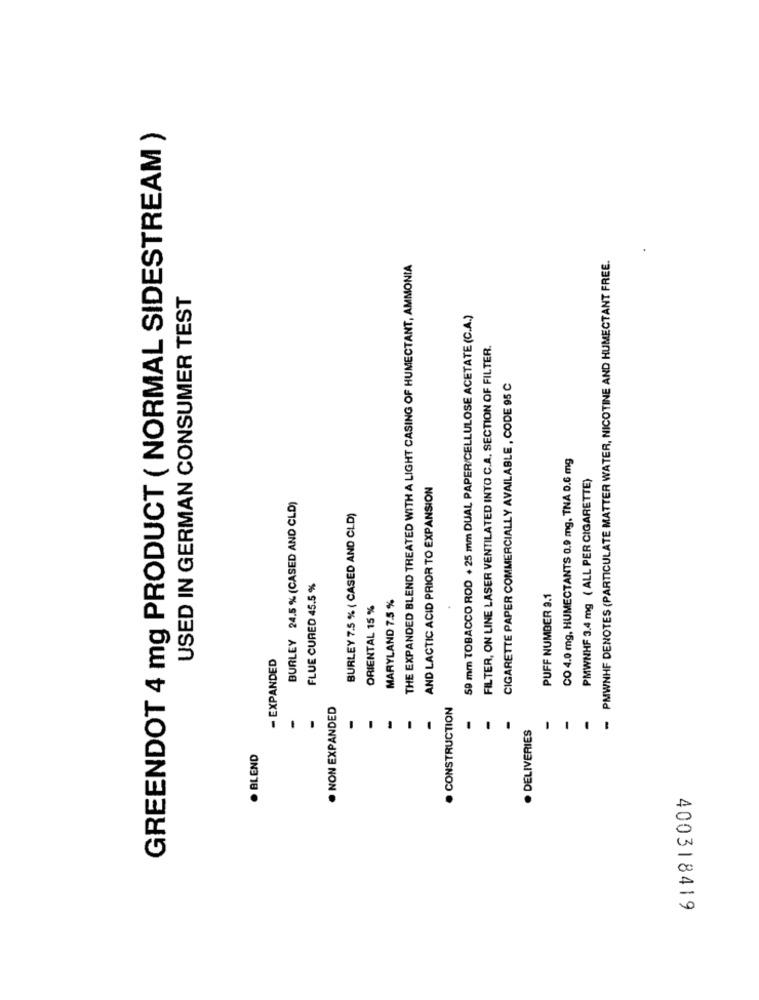
GREENDOT 4 mg PRODUCT ( NORMAL SIDESTREAM )
- PMWNHF DENOTES (PARTICULATE MATTER WATER, NICOTINE AND HUMECTANT FREE.
THE EXPANDED BLEND TREATED WITH A LIGHT CASING OF HUMECTANT, AMMONIA
USED IN GERMAN CONSUMER TEST
59 mm TOBACCO ROD + 25 mm DUAL PAPER/CELLULOSE ACETATE (C.A.)
FILTER, ON LINE LASER VENTILATED INTO C.A. SECTION OF FILTER.
CIGARETTE PAPER COMMERCIALLY AVAILABLE, CODE 95 C
CO 4.0 mg, HUMECTANTS 0.9 mg. TNA 0.6 mg
PMWNHF 3.4 mg ( ALL PER CIGARETTE)
AND LACTIC ACID PRIOR TO EXPANSION
BURLEY 24.5 % (CASED AND CLD)
BURLEY 7.5 % ( CASED AND CLD)
FLUE CURED 45.5 %
MARYLAND 7.5 %
PUFF NUMBER 9.1
ORIENTAL 15 %
- EXPANDED
. NON EXPANDED
. CONSTRUCTION
· DELIVERIES
. BLEND
400318419